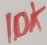
Text: 10K